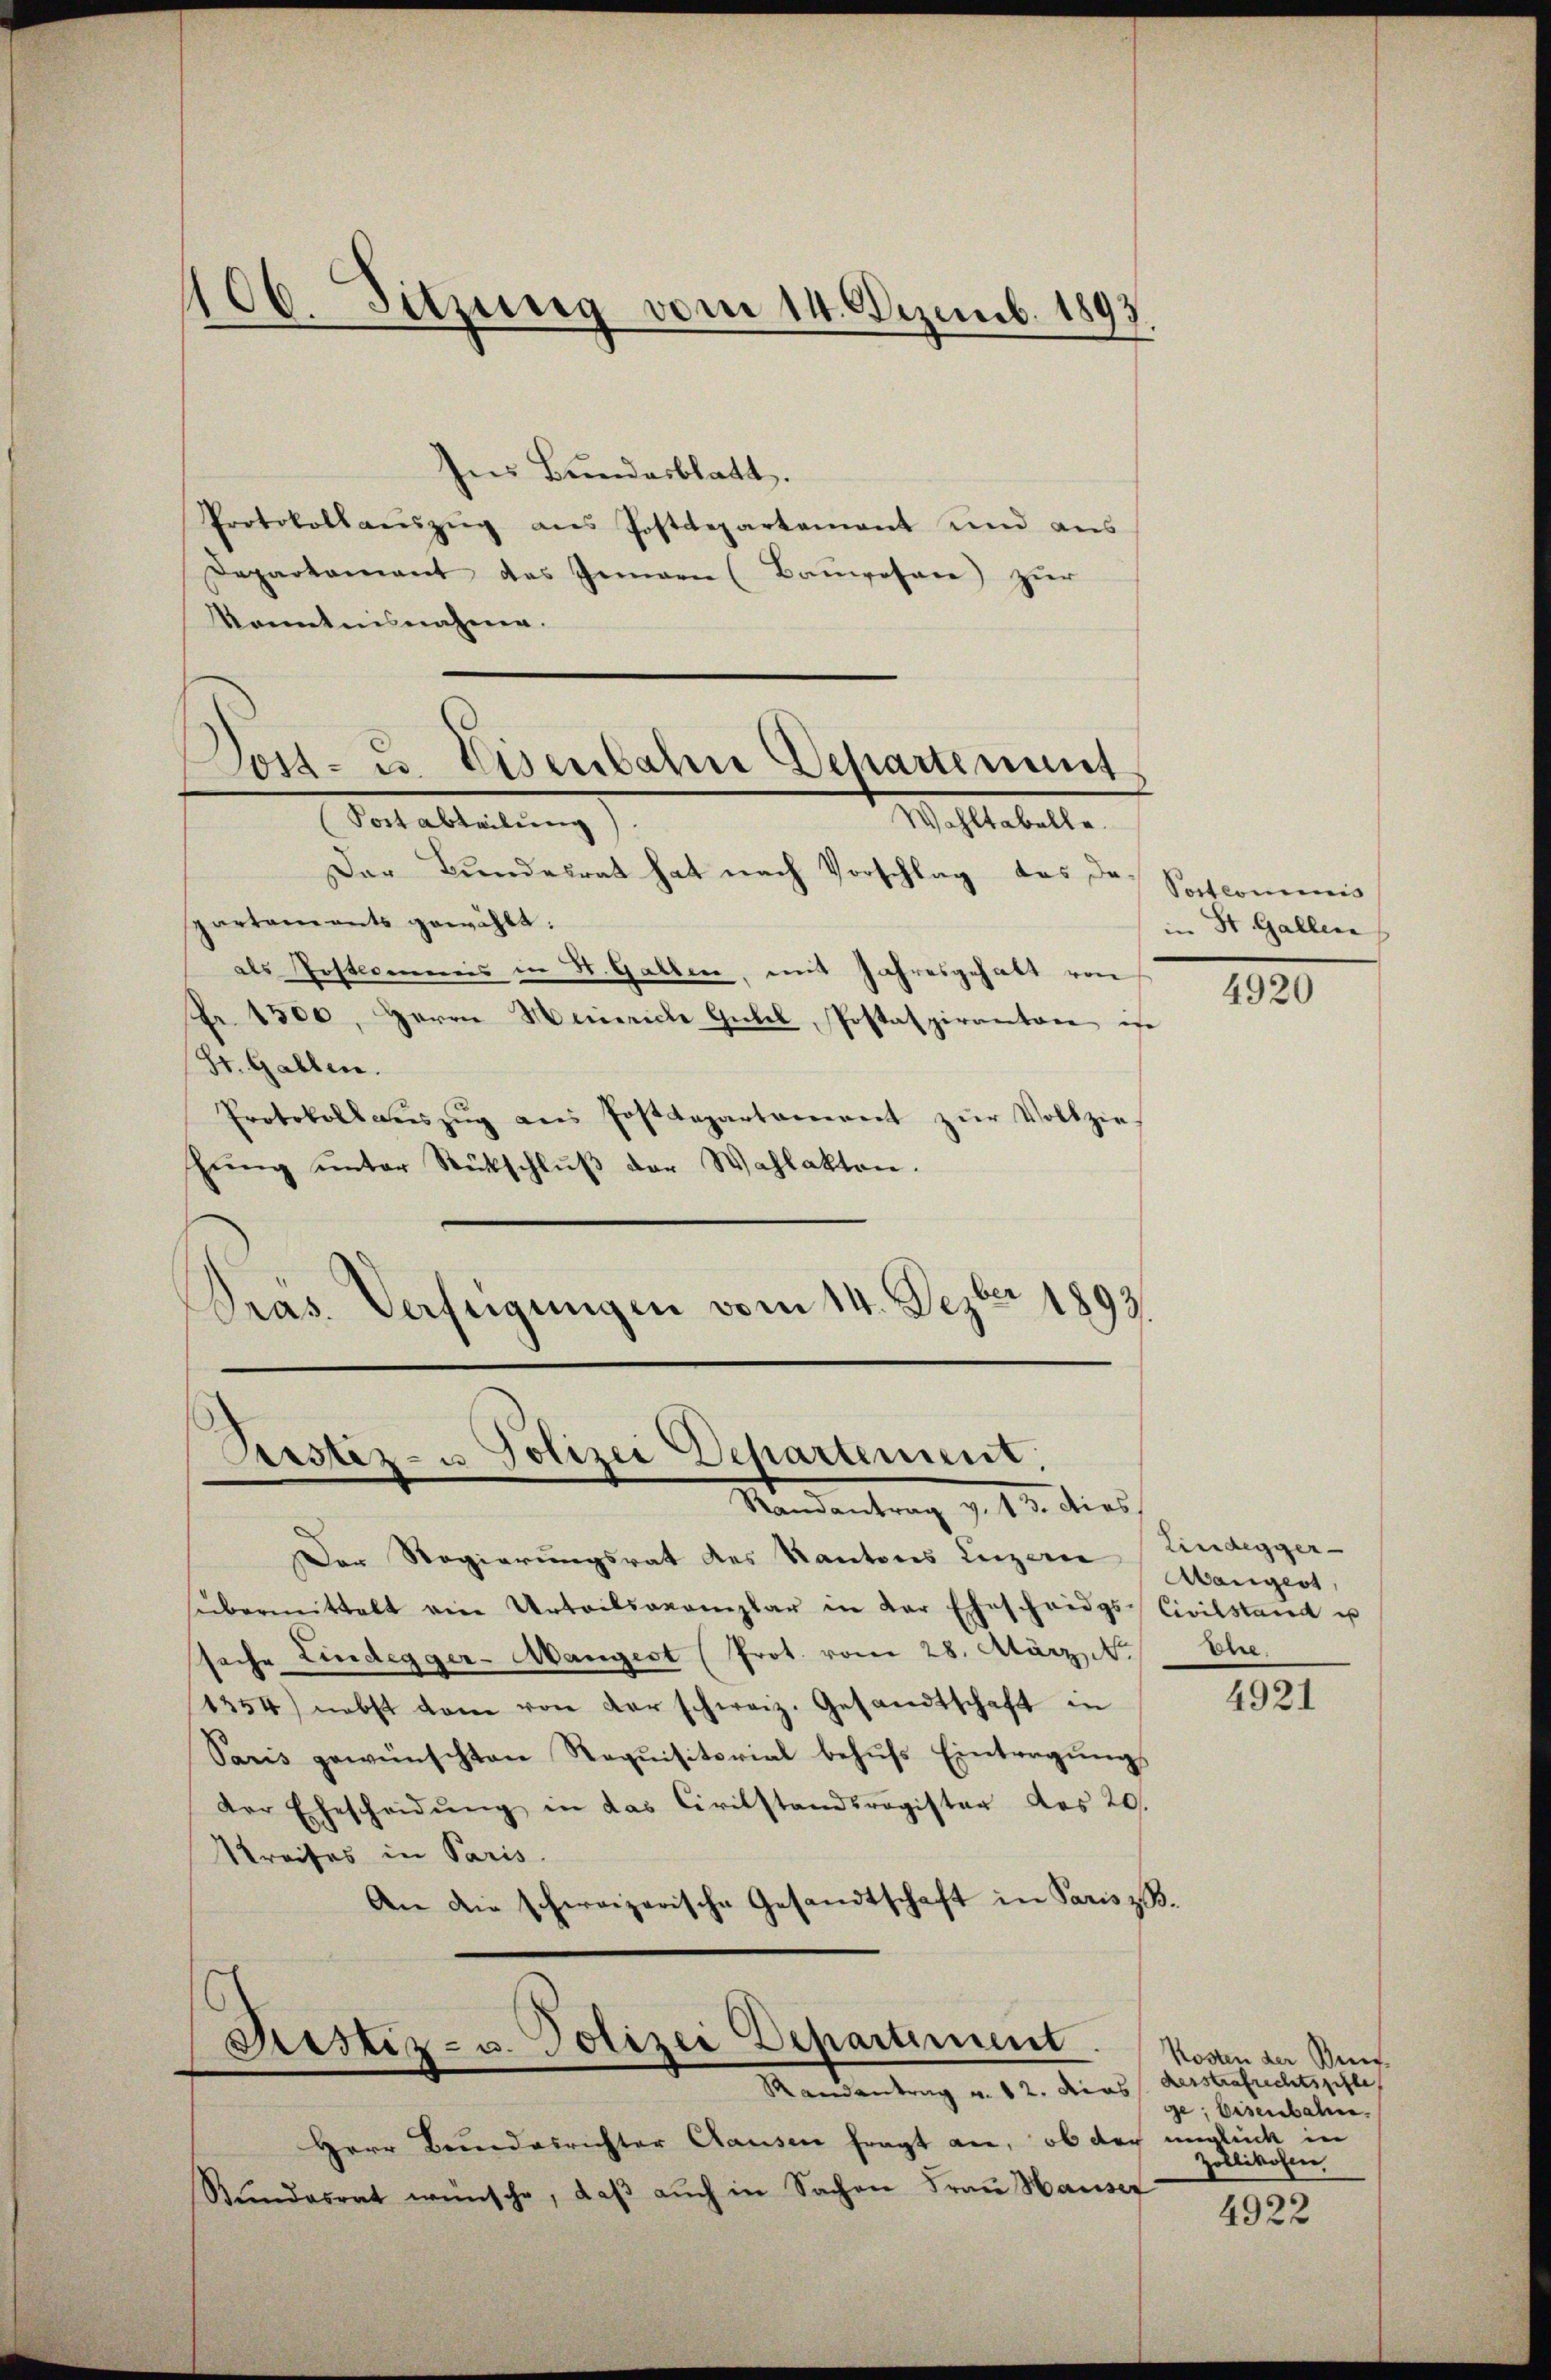
106. Sitzung vom 14. Dezemb. 1893

Ins Bundesblatt.
Protokollauszug aus Postdepartement und aus
Departamant das Gemar (Bauwesen) zur
Kenntnisnahme.
Dost- u. Eisenbahn Departement

Wohltabelle.
Veit alleitung

Der Bŭndesrath hat nach Vorschlag des Dr. Sptcommis
spartaments gewählt:
als Postcommis in St. Gallen, mit Jahresgehalt von
Fr. 1300, Herrn Heinrich Gubel, Postaspirantone ist
(St. Gallen.
Protokoll aŭszŭg ans Postdepartanerent zŭr Vollzie
hŭng ŭnter Rückschlŭβ der Wahlakten.
Pras. Verfügungen vom 14. Dezber 1893.

Postiz- u Polizei Departement:
Randantrag v. 13. dies

Der Regierungsrat des Kantons Luzern
sübermittelt ein Urteilsacomplar in der Ehescheidgs-Civilstand u
ssache Lindegger-Mangest (Prot. vom 28. März he
1354) nebst dem von der schweiz. Gesandtschaft in
Paris gewünschten Requisitorial behufs Eintragungs
der Ehescheidŭng in das Civilstandsregister des 20.
Streifes in Paris
An die schweizerische Gesandtschaft in Paris z. B.

Sistiz- u. Polizei Departement.
Randantrag u. 12. dies Verstrafrechtspfle
Herr Bundesrichter Clausen fragt an, ob der unglück in

Stŭndesrat wünsche, daβ aŭch in Sachen Frau Hauser

in St. Gallen

4920

Lindegger-
Mangest

4921

Kosten der Beur-
ge; Eisenbahn.
Zollikosen

4922